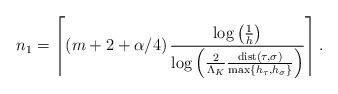
LaTeX: \begin{align*}n_{1}=\left\lceil \left( m+2+\alpha/4\right) \frac{\log\left( \frac{1}{h}\right) }{\log\left( \frac{2}{\Lambda_{K}}\frac{\operatorname*{dist}\left( \tau,\sigma\right) }{\max\left\{ h_{\tau},h_{\sigma}\right\}}\right) }\right\rceil . \end{align*}